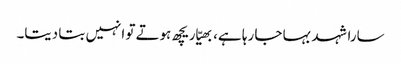
سارا شہد بہا جا رہا ہے، بھیّا ریچھ ہوتے تو انہیں بتا دیتا۔